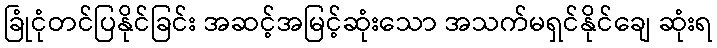
ခြုံငုံတင်ပြနိုင်ခြင်း အဆင့်အမြင့်ဆုံးသော အသက်မရှင်နိုင်ချေ ဆုံးရ